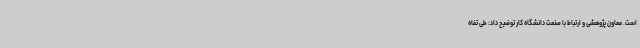
است. معاون پژوهشی و ارتباط با صنعت دانشگاه کار توضیح داد: طی تفاه